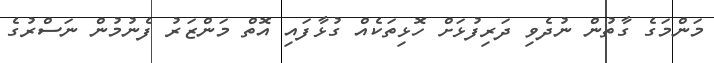
މަންމަގެ ގާތުން ނުދެވި ދަރިފުޅަށް ހޮޅިތަކެއް ގުޅާފައި އޮތް މަންޒަރު ފެނުމުން ނަސްރުގެ